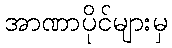
အာဏာပိုင်များမှ